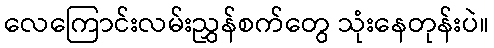
လေကြောင်းလမ်းညွှန်စက်တွေ သုံးနေတုန်းပဲ။